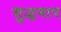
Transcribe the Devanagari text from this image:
शुद्धमाप